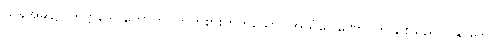
ယခုအခါ၌။ ကိဋ္ဌာဒေါ၊ ကောက်ပတ်ကိုစားတတ်သော။ အယံဂေါဏော၊ ဤနွားသည်။ ပုန ဒေဝ၊